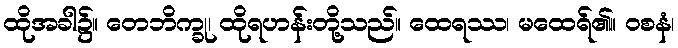
ထိုအခါ၌။ တေဘိက္ခု၊ ထိုရဟန်းတို့သည်။ ထေရဿ၊ မထေရ်၏။ ဝစနံ၊